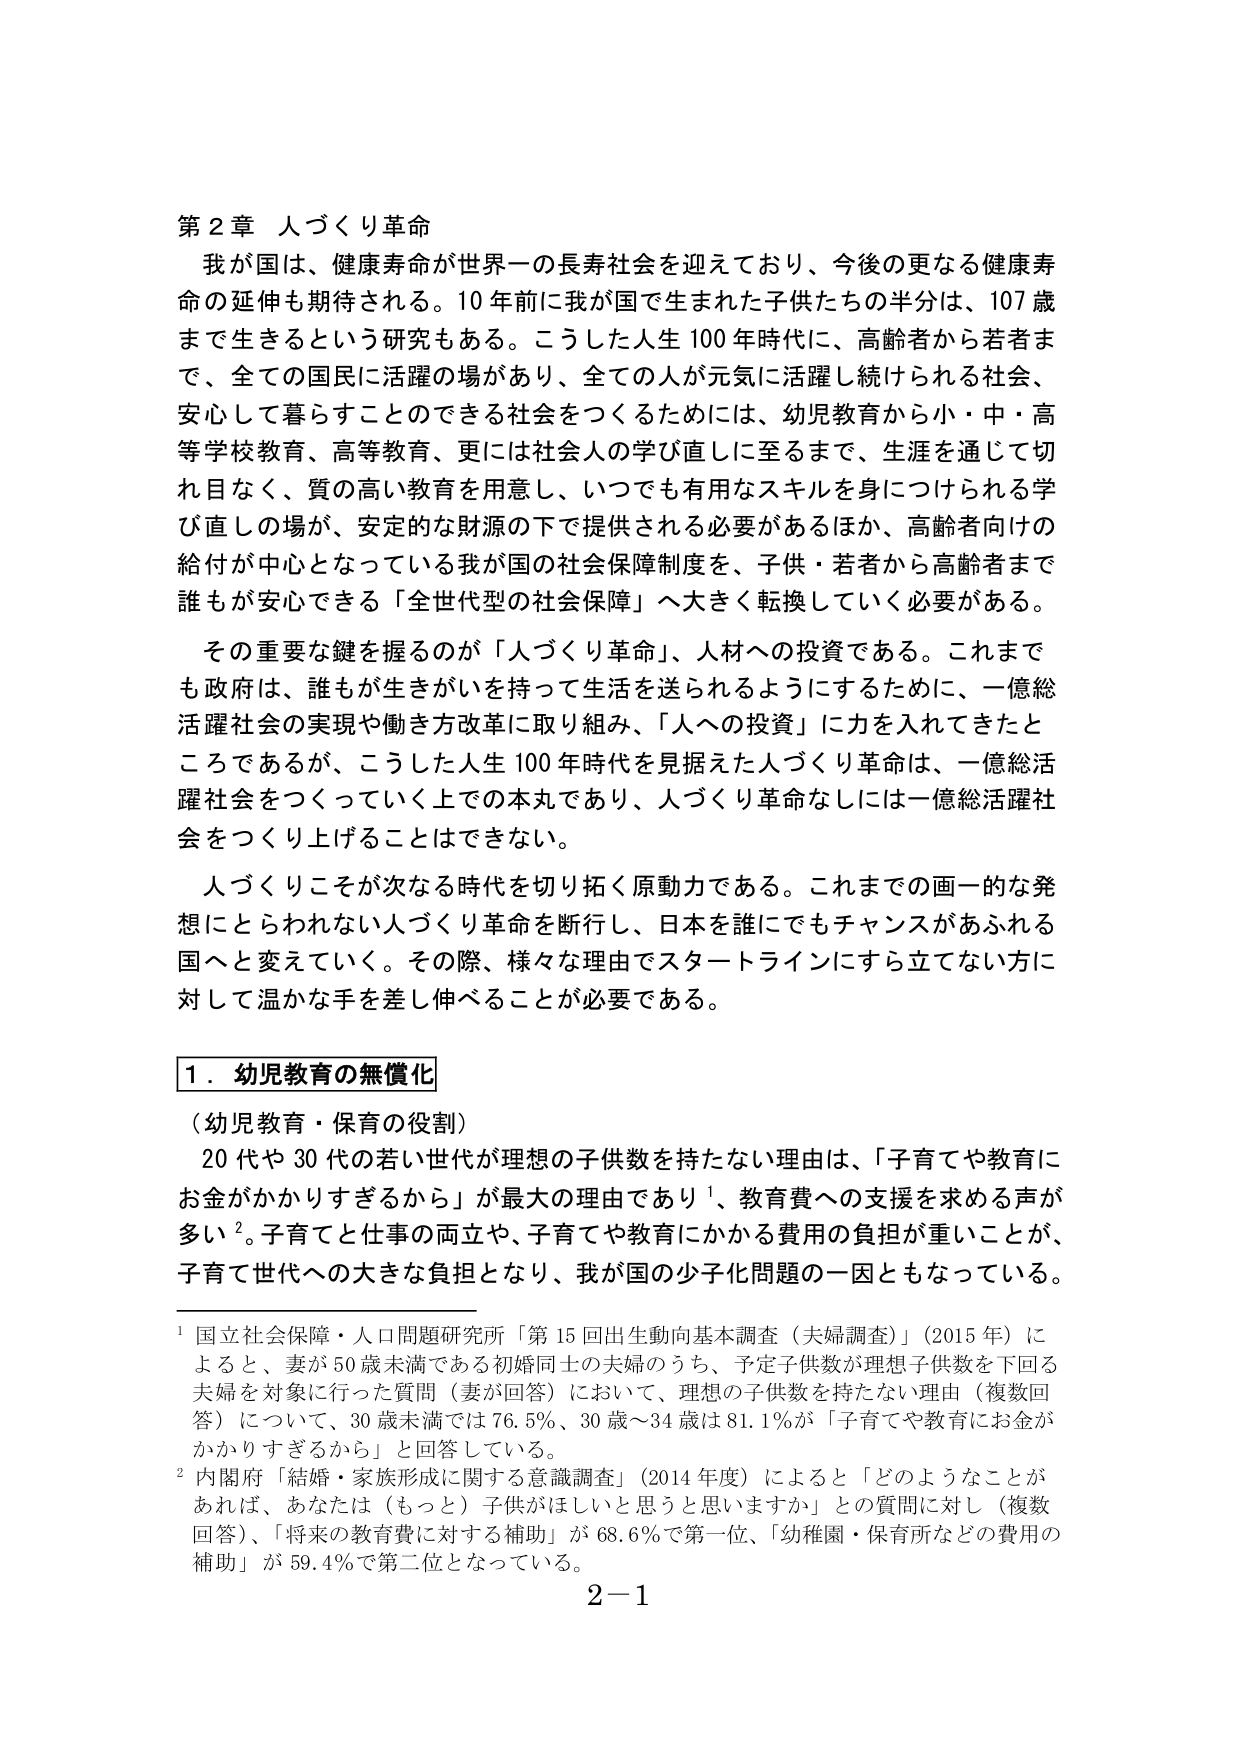
第２章 人づくり革命

我が国は、健康寿命が世界一の長寿社会を迎えており、今後の更なる健康寿命の延伸も期待される。10年前に我が国で生まれた子供たちの半分は、107歳まで生きるという研究もある。こうした人生100年時代に、高齢者から若者まで、全ての国民に活躍の場があり、全ての人が元気に活躍し続けられる社会、安心して暮らすことのできる社会をつくるためには、幼児教育から小・中・高等学校教育、高等教育、更には社会人の学び直しに至るまで、生涯を通じて切れ目なく、質の高い教育を用意し、いつでも有用なスキルを身につけられる学び直しの場が、安定的な財源の下で提供される必要があるほか、高齢者向けの給付が中心となっている我が国の社会保障制度を、子供・若者から高齢者まで誰もが安心できる「全世代型の社会保障」へ大きく転換していく必要がある。

その重要な鍵を握るのが「人づくり革命」、人材への投資である。これまでも政府は、誰もが生きがいを持って生活を送られるようにするために、一億総活躍社会の実現や働き方改革に取り組み、「人への投資」に力を入れてきたところであるが、こうした人生100年時代を見据えた人づくり革命は、一億総活躍社会をつくっていく上での本丸であり、人づくり革命なしには一億総活躍社会をつくり上げることはできない。

人づくりこそが次なる時代を切り拓く原動力である。これまでの画一的な発想にとらわれない人づくり革命を断行し、日本を誰にでもチャンスがあふれる国へと変えていく。その際、様々な理由でスタートラインにすら立てない方に対して温かな手を差し伸べることが必要である。

１．幼児教育の無償化

（幼児教育・保育の役割）

20代や30代の若い世代が理想の子供数を持たない理由は、「子育てや教育にお金がかかりすぎるから」が最大の理由であり¹、教育費への支援を求める声が多い²。子育てと仕事の両立や、子育てや教育にかかる費用の負担が重いことが、子育て世代への大きな負担となり、我が国の少子化問題の一因ともなっている。

¹ 国立社会保障・人口問題研究所「第15回出生動向基本調査（夫婦調査）」（2015年）によると、妻が50歳未満である初婚同士の夫婦のうち、予定子供数が理想子供数を下回る夫婦を対象に行った質問（妻が回答）において、理想の子供数を持たない理由（複数回答）について、30歳未満では76.5％、30歳～34歳は81.1％が「子育てや教育にお金がかかりすぎるから」と回答している。

² 内閣府「結婚・家族形成に関する意識調査」（2014年度）によると「どのようなことがあれば、あなたは（もっと）子供がほしいと思いますか」との質問に対し（複数回答）、「将来の教育費に対する補助」が68.6％で第一位、「幼稚園・保育所などの費用の補助」が59.4％で第二位となっている。

2－1